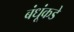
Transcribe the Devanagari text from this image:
बंधूंकडे